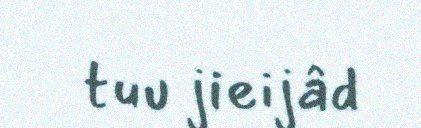
tuu jieijâd